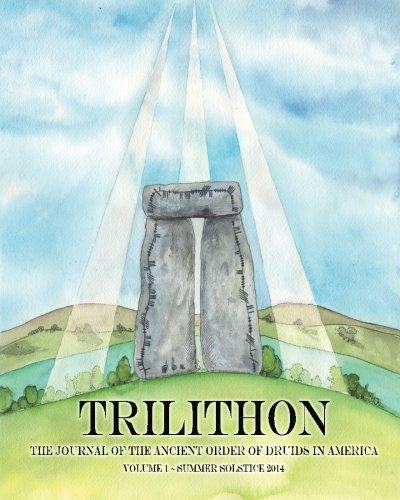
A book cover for Trilithon: The Journal of the Ancient Order of Druids in America: Volume I (Volume 1); Ancient Order of Druids in America; Religion & Spirituality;